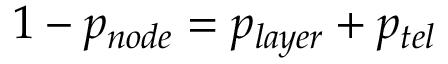
1 - p _ { n o d e } = p _ { l a y e r } + p _ { t e l }